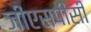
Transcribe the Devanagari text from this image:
जीएसपीसी